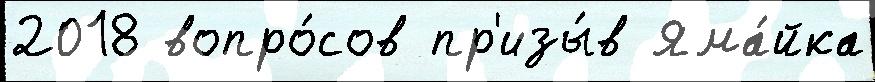
2018 вопро́сов пр'изы́в Яма́йка